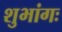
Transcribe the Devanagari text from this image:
शुभांगः